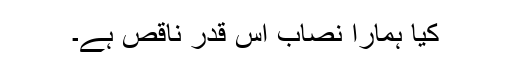
کیا ہمارا نصاب اس قدر ناقص ہے۔